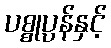
ပစ္စုပ္ပန်နှင့်